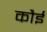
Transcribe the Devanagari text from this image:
कौई